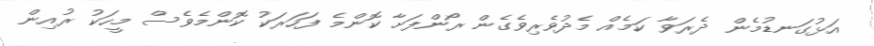
އަޅުގަނޑުމެން ދެރަވާ ކަމެއް މެދުވެރިވެގެން ރޯންފަށާ ކޮންމެ ފަހަރަކު ކޮންމެވެސް މީހަކު ރުއިން